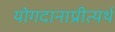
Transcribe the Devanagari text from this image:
योगदानाप्रीत्यर्थ